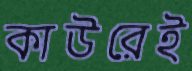
কাউরেই